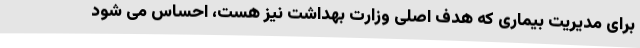
برای مدیریت بیماری که هدف اصلی وزارت بهداشت نیز هست، احساس می شود